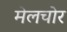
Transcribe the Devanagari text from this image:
मेलचोर